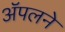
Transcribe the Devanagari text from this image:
ॲपलने